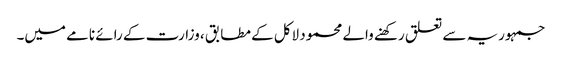
جمہوریہ سے تعلق رکھنے والے محمود لاکل کے مطابق ، وزارت کے رائے نامے میں۔